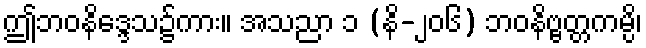
ဤဘဝနိဒ္ဒေသ၌ကား။ အသညာ ၁ (နိ-၂၀၆) ဘဝနိဗ္ဗတ္တကမ္ပိ၊